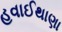
હવાઈથાણા